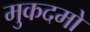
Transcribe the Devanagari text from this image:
मुकदमो